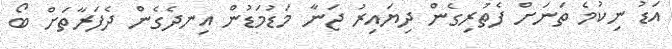
އަޑު ނިކުމެ ތަނަށް ފެތުރިގެން ދިޔައިރު ޖަނާ މަޑުމަޑުން އިނދެގެން ދެފަރާތަށް ބޯ